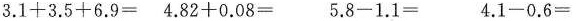
$$3 . 1 + 3 . 5 + 6 . 9 =$$ $$4 . 8 2 + 0 . 0 8 =$$ $$5 . 8 - 1 . 1 =$$ $$4 . 1 - 0 . 6 =$$